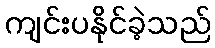
ကျင်းပနိုင်ခဲ့သည်